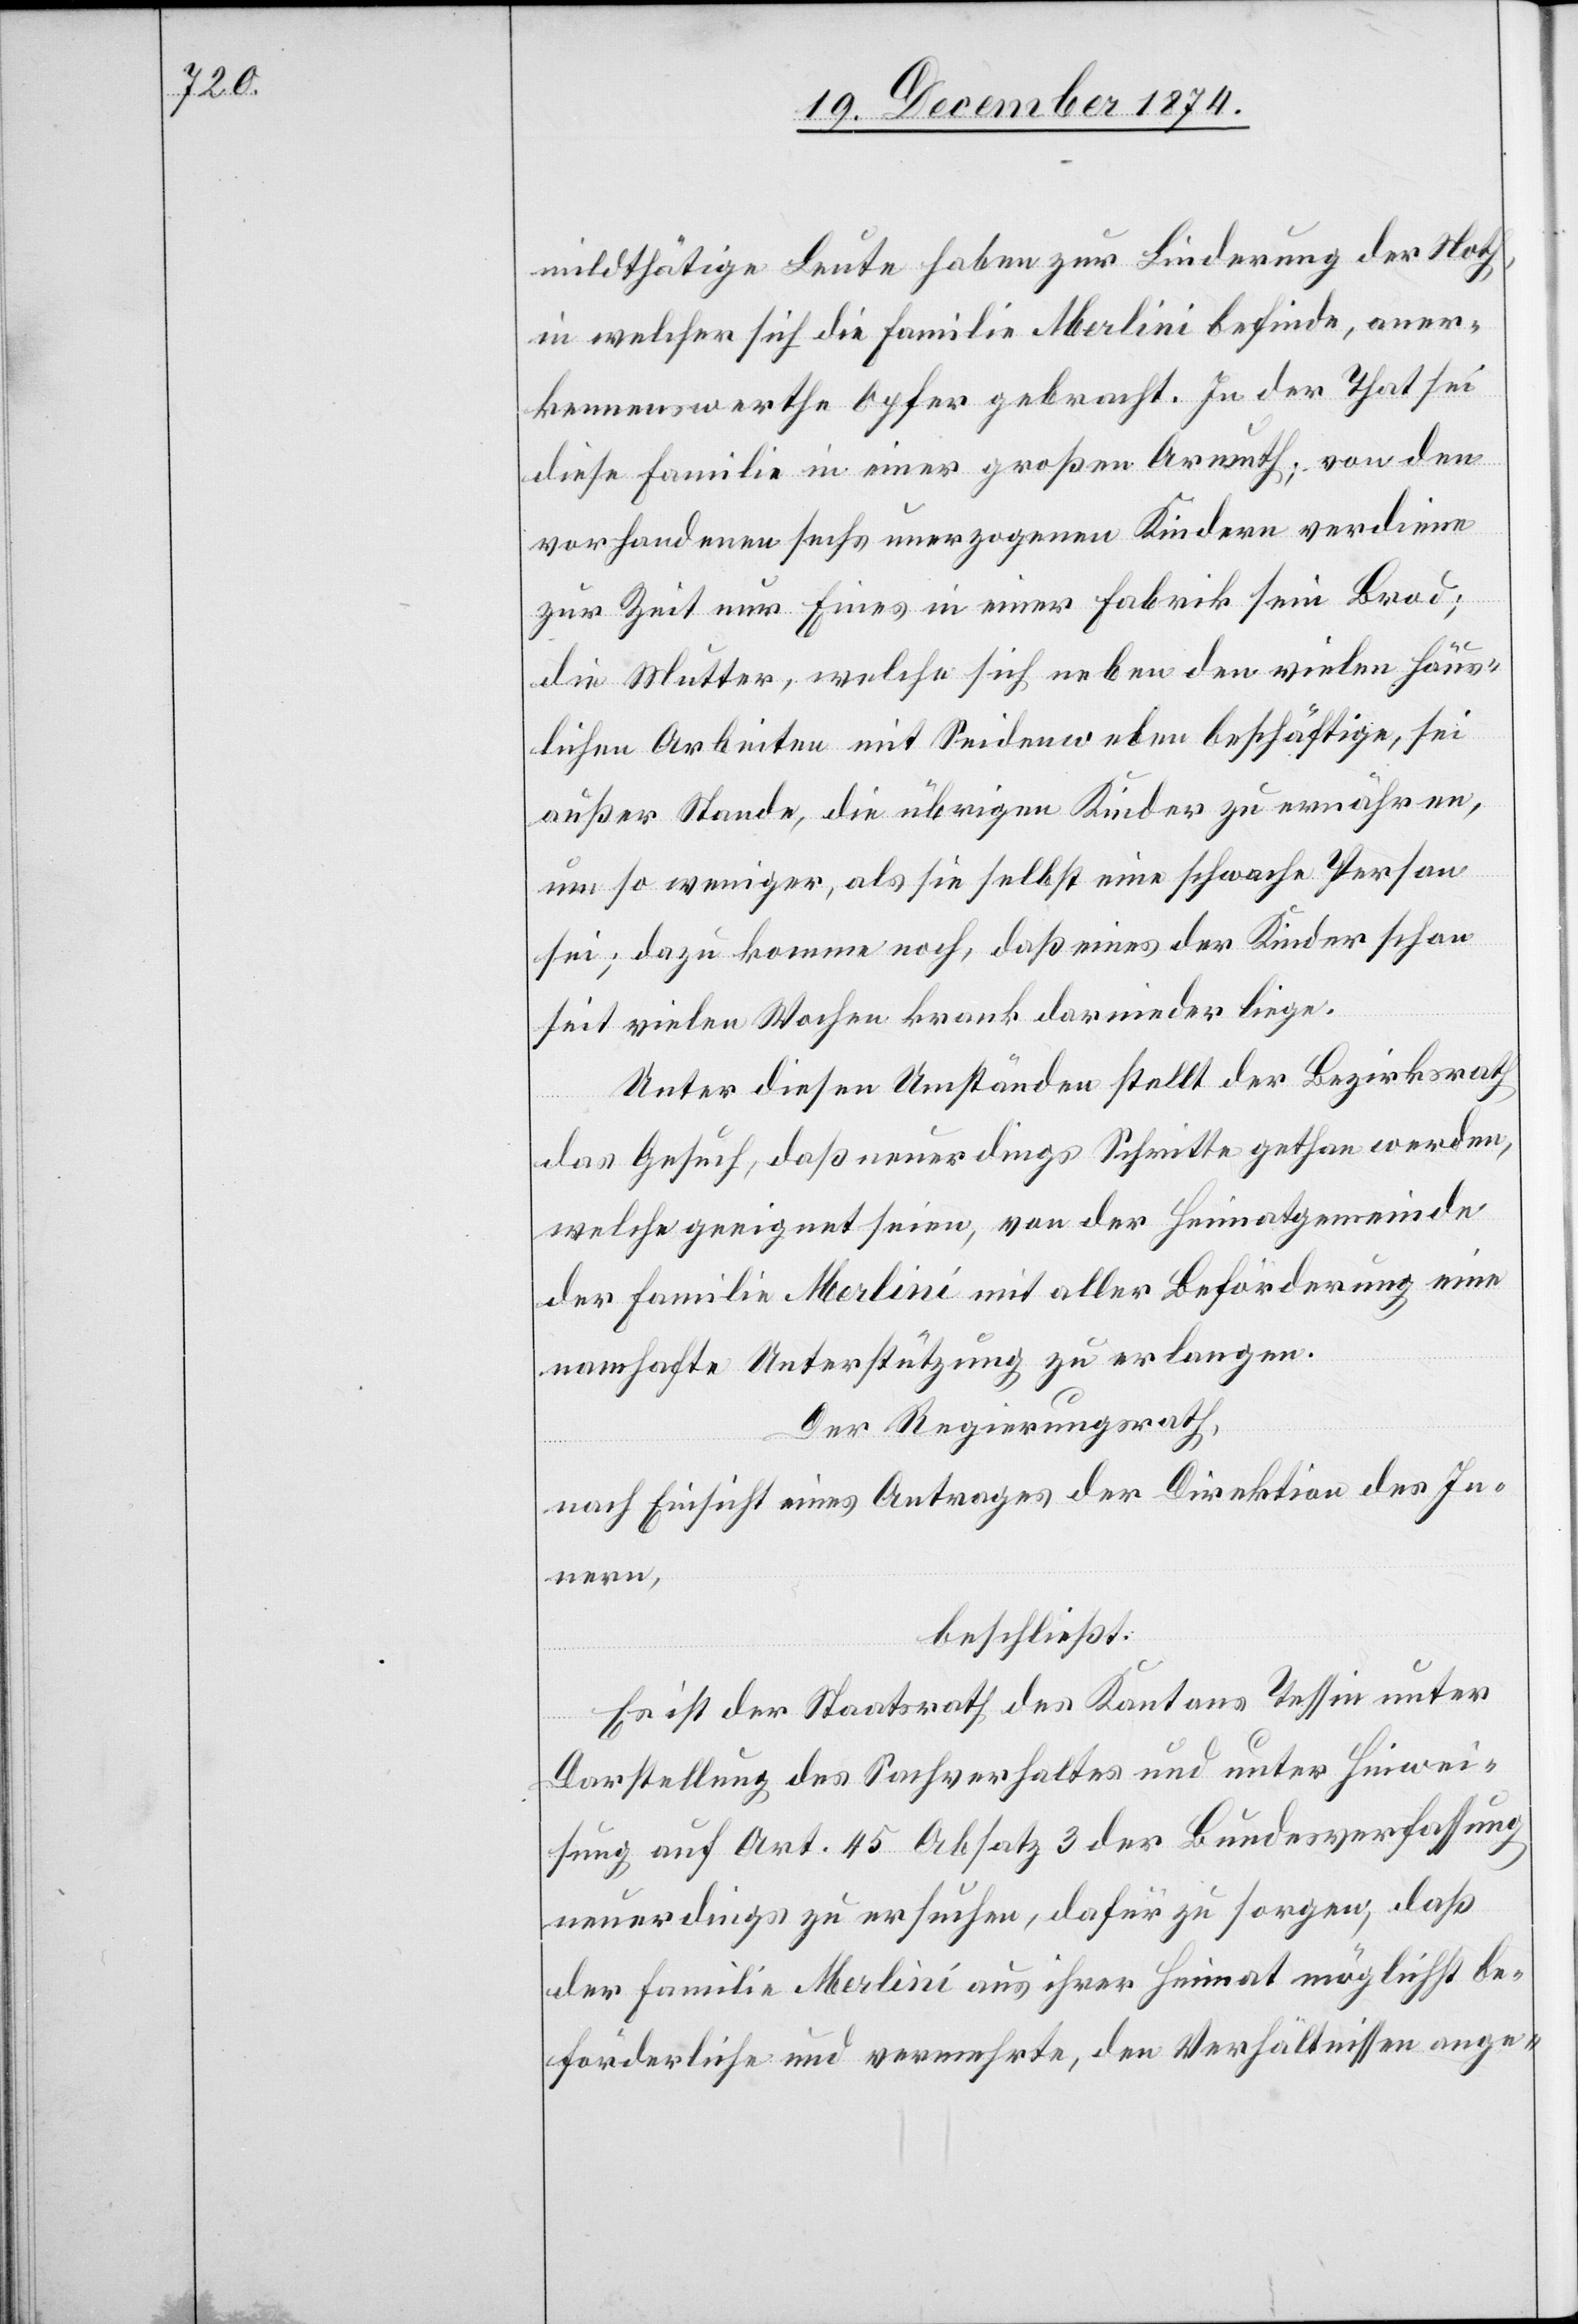
mildthätige Leute haben zur Linderung der Noth,
in welcher sich die Familie Merlini befinde, aner¬
kennenswerthe Opfer gebracht. In der That sei
diese Familie in einer großen Armuth; von den
vorhandenen sechs unerzogenen Kindern verdiene
zur Zeit nur Eines in einer Fabrik sein Brod;
die Mutter, welche sich neben den vielen häus¬
lichen Arbeiten mit Seidenweben beschäftige, sei
außer Stande, die übrigen Kinder zu ernähren,
um so weniger, als sie selbst eine schwache Person
sei; dazu komme noch, daß eines der Kinder schon
seit vielen Wochen krank darnieder liege.
Unter diesen Umständen stellt der Bezirksrath
das Gesuch, daß neuerdings Schritte gethan werden,
welche geeignet seien, von der Heimatgemeinde
der Familie Merlini mit aller Beförderung eine
namhafte Unterstützung zu verlangen.
Der Regierungsrath,
nach Einsicht eines Antrages der Direktion des In¬
nern,
beschließt:
Es ist der Staatsrath des Kantons Tessin unter
Darstellung des Sachverhaltes und unter Hinwei¬
sung auf Art. 45 Absatz 3 der Bundesverfassung
neuerdings zu ersuchen, dafür zu sorgen, daß
der Familie Merlini aus ihrer Heimat möglichst be¬
förderliche und vermehrte, den Verhältnissen ange-